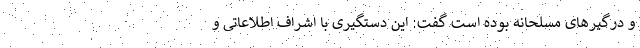
و درگیر‌های مسلحانه بوده است گفت: این دستگیری با اِشراف اطلاعاتی و